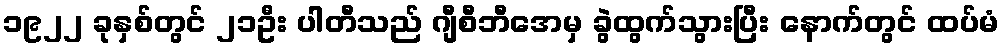
၁၉၂၂ ခုနှစ်တွင် ၂၁ဦး ပါတီသည် ဂျီစီဘီအေမှ ခွဲထွက်သွားပြီး နောက်တွင် ထပ်မံ